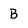
Character: B